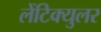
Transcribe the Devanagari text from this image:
लेंटिक्युलर